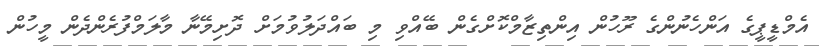
އެމްޑީޕީގެ އަންހެނުންގެ ރޫހުން އިންތިޒާމްކޮށްގެން ބޭއްވި މި ބައްދަލުވުމަށް ދޮށިމޭނާ މާލަމްފުރެންދެން މީހުން